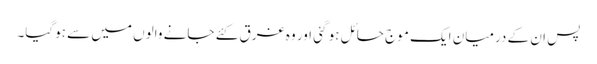
پس ان کے درمیان ایک موج حائل ہو گئی اور وہ غرق کئے جانے والوں میں سے ہوگیا۔